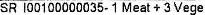
SR I00100000035-1 MEAT + 3 VEGE